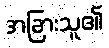
အခြားသူ၏